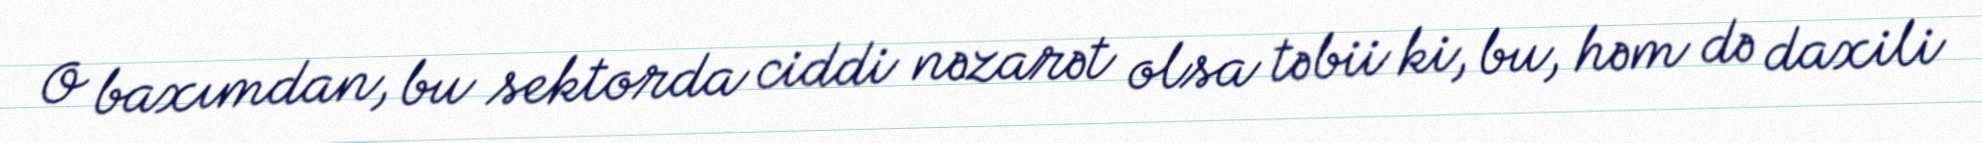
O baxımdan, bu sektorda ciddi nəzarət olsa təbii ki, bu, həm də daxili